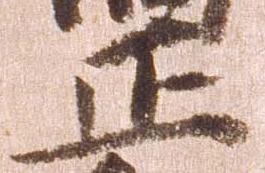
正